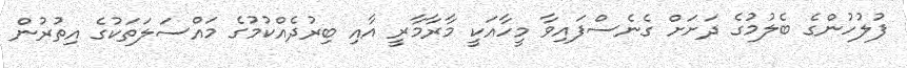
ފުލުހުންގެ ބެލުމުގެ ދަށަށް ގެނެސްފައިވާ މީހާއަކީ މާރާމާރީ އާއި ބިރުދެއްކުމުގެ މައްސަލަތަކުގެ އިތުރުން